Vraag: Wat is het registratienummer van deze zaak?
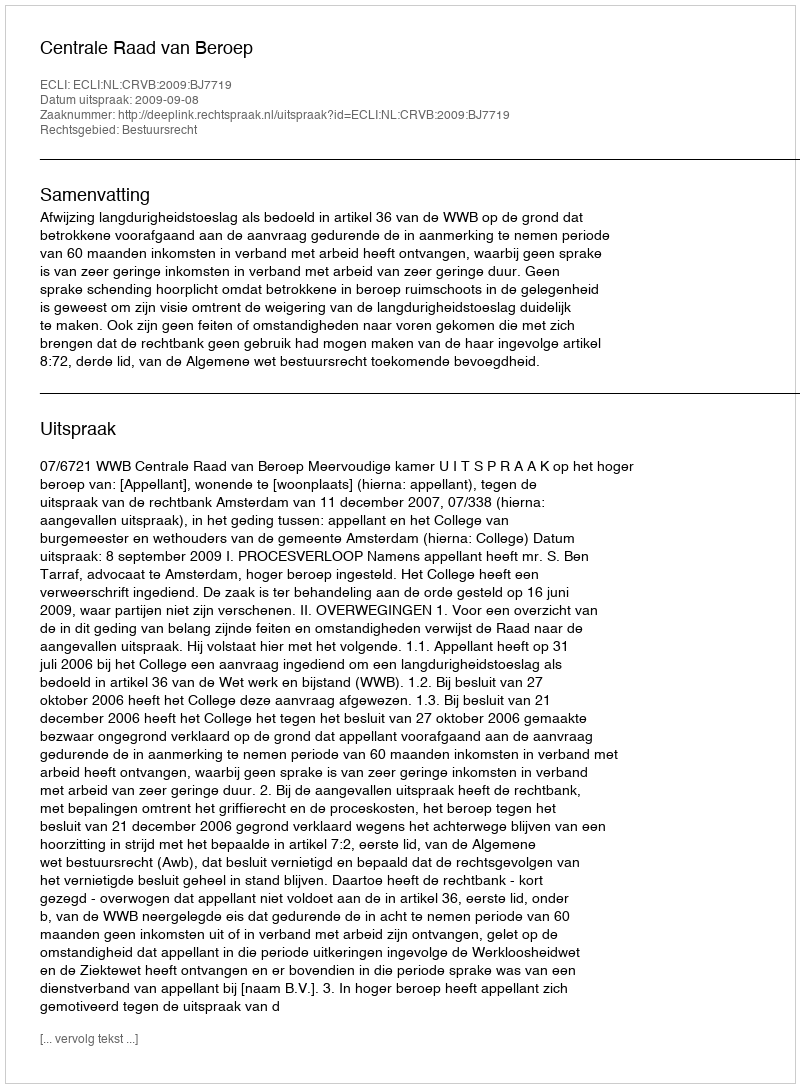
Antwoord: http://deeplink.rechtspraak.nl/uitspraak?id=ECLI:NL:CRVB:2009:BJ7719